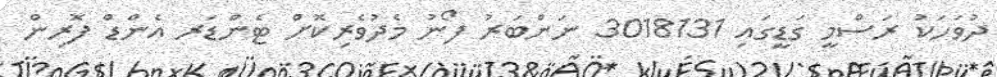
ދުވަހަކު ރަސްމީ ގަޑީގައި 3018131 ނަންބަރު ފޯނު މެދުވެރިކޮށް ޓެންޑަރ އެންޑް ފޮރިން